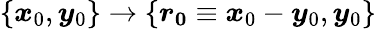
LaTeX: \{ \boldsymbol{x}_{0},\boldsymbol{y}_{0}\} \rightarrow\{ \boldsymbol{r_{0}}\equiv\boldsymbol{x}_{0}-\boldsymbol{y}_{0},\boldsymbol{y}_{0}\}